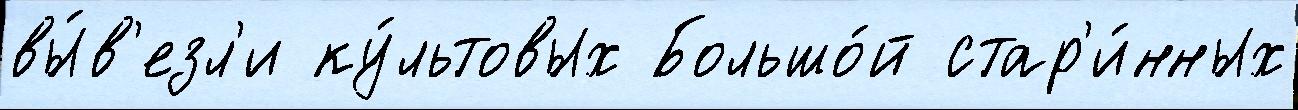
вы́в'езл'и ку́льтовых Большо́й стар'и́нных